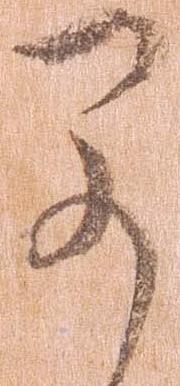
早